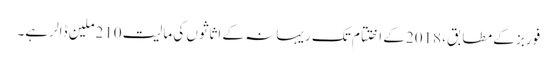
فوربز کے مطابق، 2018کے اختتام تک ریہانہ کے اثاثوں کی مالیت 210ملین ڈالر ہے۔